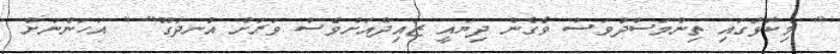
" މިކޮޅުގައި ތިންމަސްދުވަސް ވެގެން ދިޔައީ ޒައިދްއަށްވެސް ވަރަށް އުނދަގޫ" " އަހަންނަށް